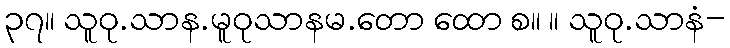
၃၇။ သူဝု.သာန.မူဝုသာနမ.တော ထော စ။ ။ သူဝု.သာနံ-